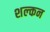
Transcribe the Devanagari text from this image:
शल्‍कन